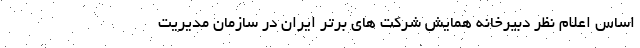
اساس اعلام نظر دبیرخانه همایش شرکت های برتر ایران در سازمان مدیریت